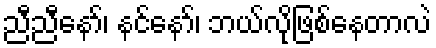
ညီညီနော်၊ နင်နော်၊ ဘယ်လိုဖြစ်နေတာလဲ